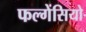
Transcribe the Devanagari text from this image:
फल्गेंसियो